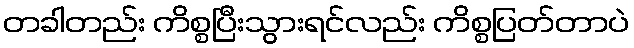
တခါတည်း ကိစ္စပြီးသွားရင်လည်း ကိစ္စပြတ်တာပဲ